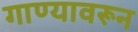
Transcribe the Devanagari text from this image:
गाण्यावरून